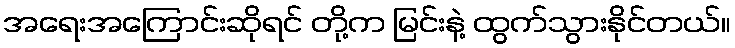
အရေးအကြောင်းဆိုရင် တို့က မြင်းနဲ့ ထွက်သွားနိုင်တယ်။